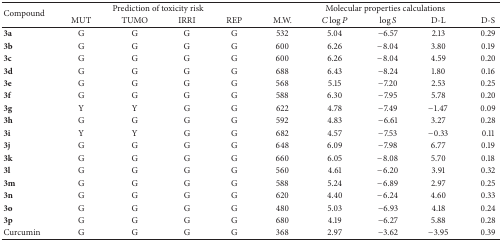
<table><thead><tr><td rowspan="2"><b>Compound </b></td><td colspan="4"><b>Prediction of toxicity risk</b></td><td colspan="5"><b>Molecular properties calculations</b></td></tr><tr><td><b>MUT</b></td><td><b>TUMO</b></td><td><b>IRRI</b></td><td><b>REP</b></td><td><b>M.W.</b></td><td><b><i>C</i>log⁡<i>P</i></b></td><td><b>log⁡<i>S</i></b></td><td><b>D-L</b></td><td><b>D-S</b></td></tr></thead><tbody><tr><td><b>3a</b></td><td>G</td><td>G</td><td>G</td><td>G</td><td>532</td><td>5.04</td><td>−6.57</td><td>2.13</td><td>0.29</td></tr><tr><td><b>3b</b></td><td>G</td><td>G</td><td>G</td><td>G</td><td>600</td><td>6.26</td><td>−8.04</td><td>3.80</td><td>0.19</td></tr><tr><td><b>3c</b></td><td>G</td><td>G</td><td>G</td><td>G</td><td>600</td><td>6.26</td><td>−8.04</td><td>4.59</td><td>0.20</td></tr><tr><td><b>3d</b></td><td>G</td><td>G</td><td>G</td><td>G</td><td>688</td><td>6.43</td><td>−8.24</td><td>1.80</td><td>0.16</td></tr><tr><td><b>3e</b></td><td>G</td><td>G</td><td>G</td><td>G</td><td>568</td><td>5.15</td><td>−7.20</td><td>2.53</td><td>0.25</td></tr><tr><td><b>3f</b></td><td>G</td><td>G</td><td>G</td><td>G</td><td>588</td><td>6.30</td><td>−7.95</td><td>5.78</td><td>0.20</td></tr><tr><td><b>3g</b></td><td>Y</td><td>Y</td><td>G</td><td>G</td><td>622</td><td>4.78</td><td>−7.49</td><td>−1.47</td><td>0.09</td></tr><tr><td><b>3h</b></td><td>G</td><td>G</td><td>G</td><td>G</td><td>592</td><td>4.83</td><td>−6.61</td><td>3.27</td><td>0.28</td></tr><tr><td><b>3i</b></td><td>Y</td><td>Y</td><td>G</td><td>G</td><td>682</td><td>4.57</td><td>−7.53</td><td>−0.33</td><td>0.11</td></tr><tr><td><b>3j</b></td><td>G</td><td>G</td><td>G</td><td>G</td><td>648</td><td>6.09</td><td>−7.98</td><td>6.77</td><td>0.19</td></tr><tr><td><b>3k</b></td><td>G</td><td>G</td><td>G</td><td>G</td><td>660</td><td>6.05</td><td>−8.08</td><td>5.70</td><td>0.18</td></tr><tr><td><b>3l</b></td><td>G</td><td>G</td><td>G</td><td>G</td><td>560</td><td>4.61</td><td>−6.20</td><td>3.91</td><td>0.32</td></tr><tr><td><b>3m</b></td><td>G</td><td>G</td><td>G</td><td>G</td><td>588</td><td>5.24</td><td>−6.89</td><td>2.97</td><td>0.25</td></tr><tr><td><b>3n</b></td><td>G</td><td>G</td><td>G</td><td>G</td><td>620</td><td>4.40</td><td>−6.24</td><td>4.60</td><td>0.33</td></tr><tr><td><b>3o</b></td><td>G</td><td>G</td><td>G</td><td>G</td><td>480</td><td>5.03</td><td>−6.93</td><td>4.18</td><td>0.24</td></tr><tr><td><b>3p</b></td><td>G</td><td>G</td><td>G</td><td>G</td><td>680</td><td>4.19</td><td>−6.27</td><td>5.88</td><td>0.28</td></tr><tr><td>Curcumin</td><td>G</td><td>G</td><td>G</td><td>G</td><td>368</td><td>2.97</td><td>−3.62</td><td>−3.95</td><td>0.39</td></tr></tbody></table>